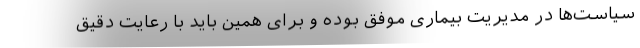
سیاست‌ها در مدیریت بیماری موفق بوده و برای همین باید با رعایت دقیق